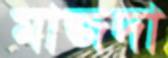
মাজদা